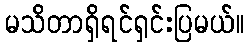
မသိတာရှိရင်ရှင်းပြမယ်။